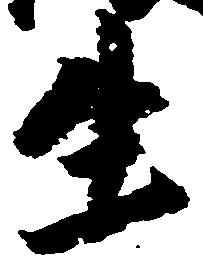
生